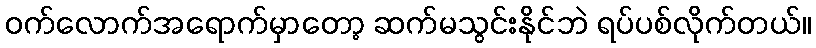
ဝက်လောက်အရောက်မှာတော့ ဆက်မသွင်းနိုင်ဘဲ ရပ်ပစ်လိုက်တယ်။